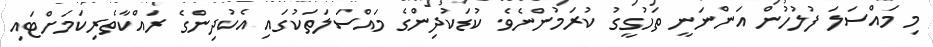
މި މައްސަލަ ފުލުހުން އަންނަނީ ތަހުގީގު ކުރަމުންނެވެ. ކުޑަކުދިންގެ މައްސަލަތަކުގައި އެކުދިންގެ ރައްކާތެރިކަމަށްޓައި